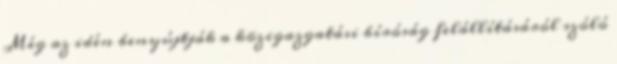
Még az idén benyújtják a közigazgatási bíróság felállításáról szóló